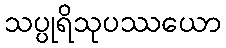
သပ္ပုရိသုပဿယော